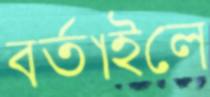
বর্তাইলে